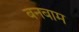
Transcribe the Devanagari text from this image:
बनबाम